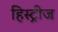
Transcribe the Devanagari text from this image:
हिस्ट्रीज